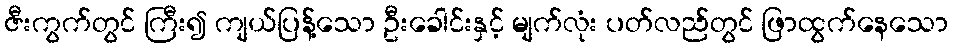
ဇီးကွက်တွင် ကြီး၍ ကျယ်ပြန့်သော ဦးခေါင်းနှင့် မျက်လုံး ပတ်လည်တွင် ဖြာထွက်နေသော